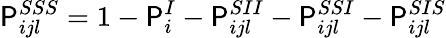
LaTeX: \mathsf{P}_{ijl}^{SSS}=1-\mathsf{P}_{i}^{I}-\mathsf{P}_{ijl}^{SII}-\mathsf{P}_{ijl}^{SSI}-\mathsf{P}_{ijl}^{SIS}